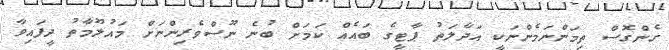
ގެންގޮސް ތިމަންނަމެންނަކީ އަދާލަތު ޕާޓީގެ ބައެއް ކަމަށް ބުނެ ނޫސްވެރިންނަށް މައުލޫމާތު ދީފައިވާ